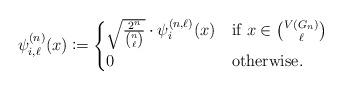
LaTeX: \begin{align*} \psi_{i,\ell}^{(n)}(x) \coloneqq \begin{cases} \sqrt{\frac{2^n}{\binom{n}{\ell}}} \cdot \psi_i^{(n,\ell)}(x) &\textnormal{if } x \in \binom{V(G_n)}{\ell} \cr 0 &\textnormal{otherwise.} \end{cases}\end{align*}